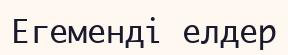
Егеменді елдер